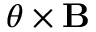
\mathbf { \nabla } \theta \times \mathbf { B }